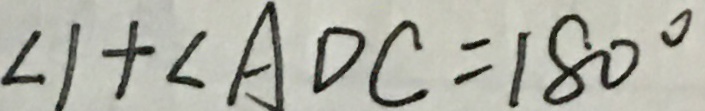
\angle 1 + \angle A D C = 1 8 0 ^ { \circ }